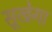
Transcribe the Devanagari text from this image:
सूखेगा